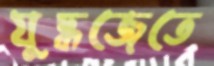
যুদ্ধজেতে